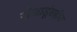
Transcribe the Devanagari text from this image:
खेळाडूंसहीत